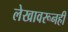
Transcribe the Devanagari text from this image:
लेखावरूनही